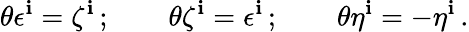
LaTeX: \theta\epsilon^{\mathbf{i}}=\zeta^{\mathbf{i}}\, ;\qquad\theta\zeta^{\mathbf{i}}=\epsilon^{\mathbf{i}}\, ;\qquad\theta\eta^{\mathbf{i}}=-\eta^{\mathbf{i}}\, .